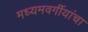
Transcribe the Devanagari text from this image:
मध्यमवर्गीयांचा